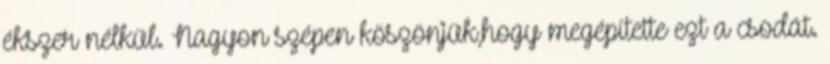
ékszer nélkül. Nagyon szépen köszönjük,hogy megépítette ezt a csodát.